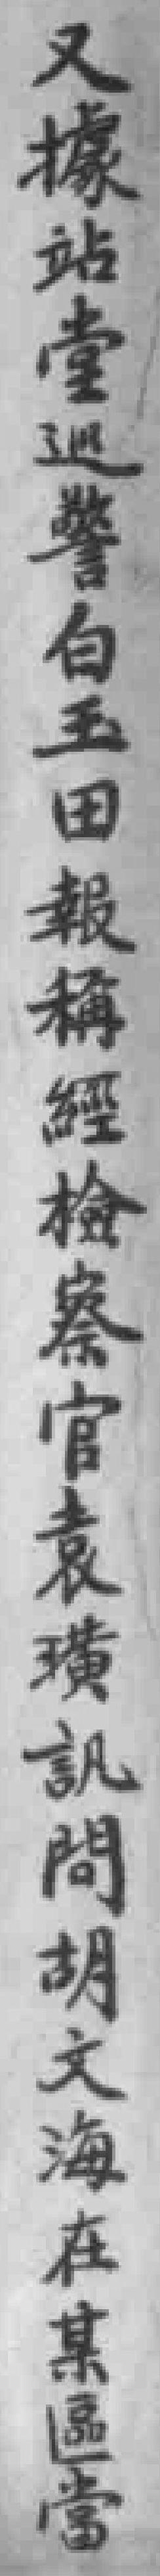
又據站堂巡警白玉田報稱經檢察官袁璜訊問胡文海在某區當